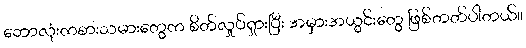
ဘောလုံးကစားသမားတွေက စိတ်လှုပ်ရှားပြီး အမှားအယွင်းတွေ ဖြစ်တတ်ပါတယ်။